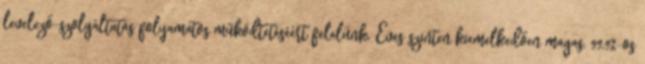
levelező-szolgáltatás folyamatos működtetéséért felelünk. Éves szinten kiemelkedően magas, 99,9%-os